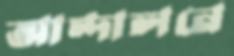
আন্দালনে